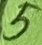
Text: 5